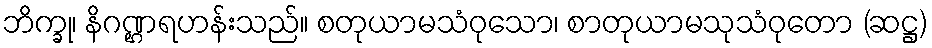
ဘိက္ခု၊ နိဂဏ္ဌရဟန်းသည်။ စတုယာမသံဝုသော၊ စာတုယာမသုသံဝုတော (ဆဋ္ဌ)